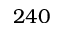
2 4 0